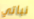
نباتي